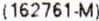
(162761-M)